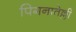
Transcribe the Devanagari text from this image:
पिगनातेल्ली